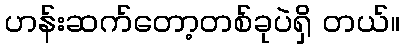
ဟန်းဆက်တော့တစ်ခုပဲရှိ တယ်။